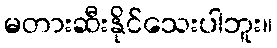
မတားဆီးနိုင်သေးပါဘူး။